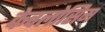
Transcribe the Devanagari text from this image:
केवलोसिम